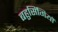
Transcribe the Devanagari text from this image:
बहुसिंगियों